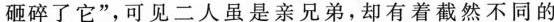
砸碎了它”，可见二人虽是亲兄弟，却有着截然不同的